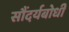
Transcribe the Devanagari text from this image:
सौंदर्यबोधी